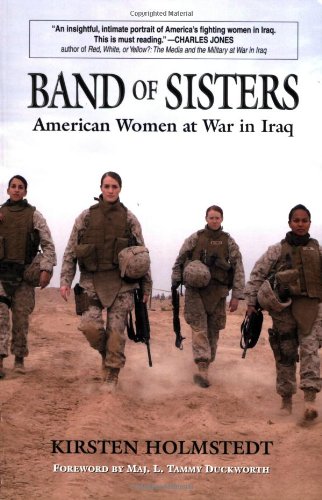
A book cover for Band of Sisters: American Women at War in Iraq; Kirsten Holmstedt; History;